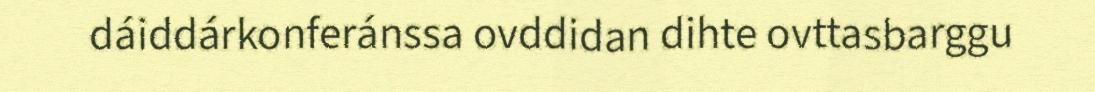
dáiddárkonferánssa ovddidan dihte ovttasbarggu